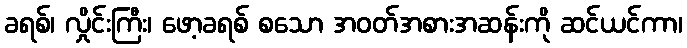
ခရစ်၊ လှိုင်းကြီး၊ ဖော့ခရစ် စသော အဝတ်အစားအဆန်းကို ဆင်ယင်ကာ၊